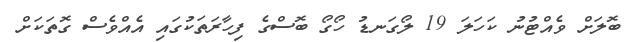
ބޮލަށް ވެއްޓުނު ކަހަލަ 19 ލޯގަނޑު ހޯގޯ ބޮސްގެ ފިހާރަތަކުގައި އެއްވެސް ގޮތަކަށް